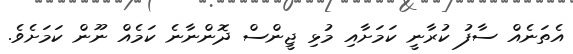
އެތަނެއް ސާފު ކުރާނީ ކަމަށާއި މުޅި ޖީންސް ދޮންނާނެ ކަމެއް ނޫން ކަމަށެވެ.